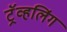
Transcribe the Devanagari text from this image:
ट्रॅव्हलिंग